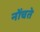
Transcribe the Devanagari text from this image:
नोंचते